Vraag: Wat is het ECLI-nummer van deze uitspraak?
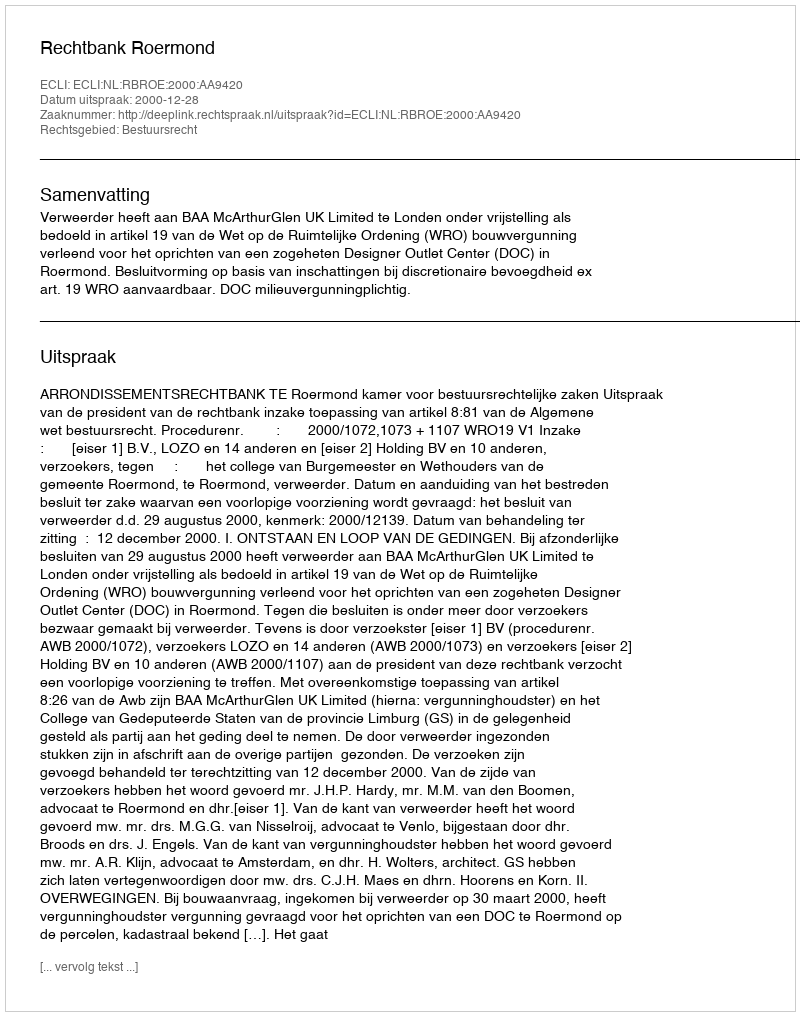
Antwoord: ECLI:NL:RBROE:2000:AA9420